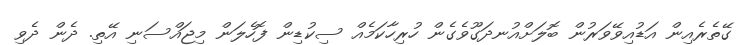
ގޭތެރެއިން އަޑުއިވޭވަރުން ބޮލަށްއުނދަގޫވެގެން ހުރިހާކަމެއް ސިކުޑިން ފޮހެލަން މިޖައްސަނި އޭތި. ދެން ދެވި